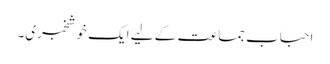
احباب جماعت کے لیے ایک خوشخبری۔